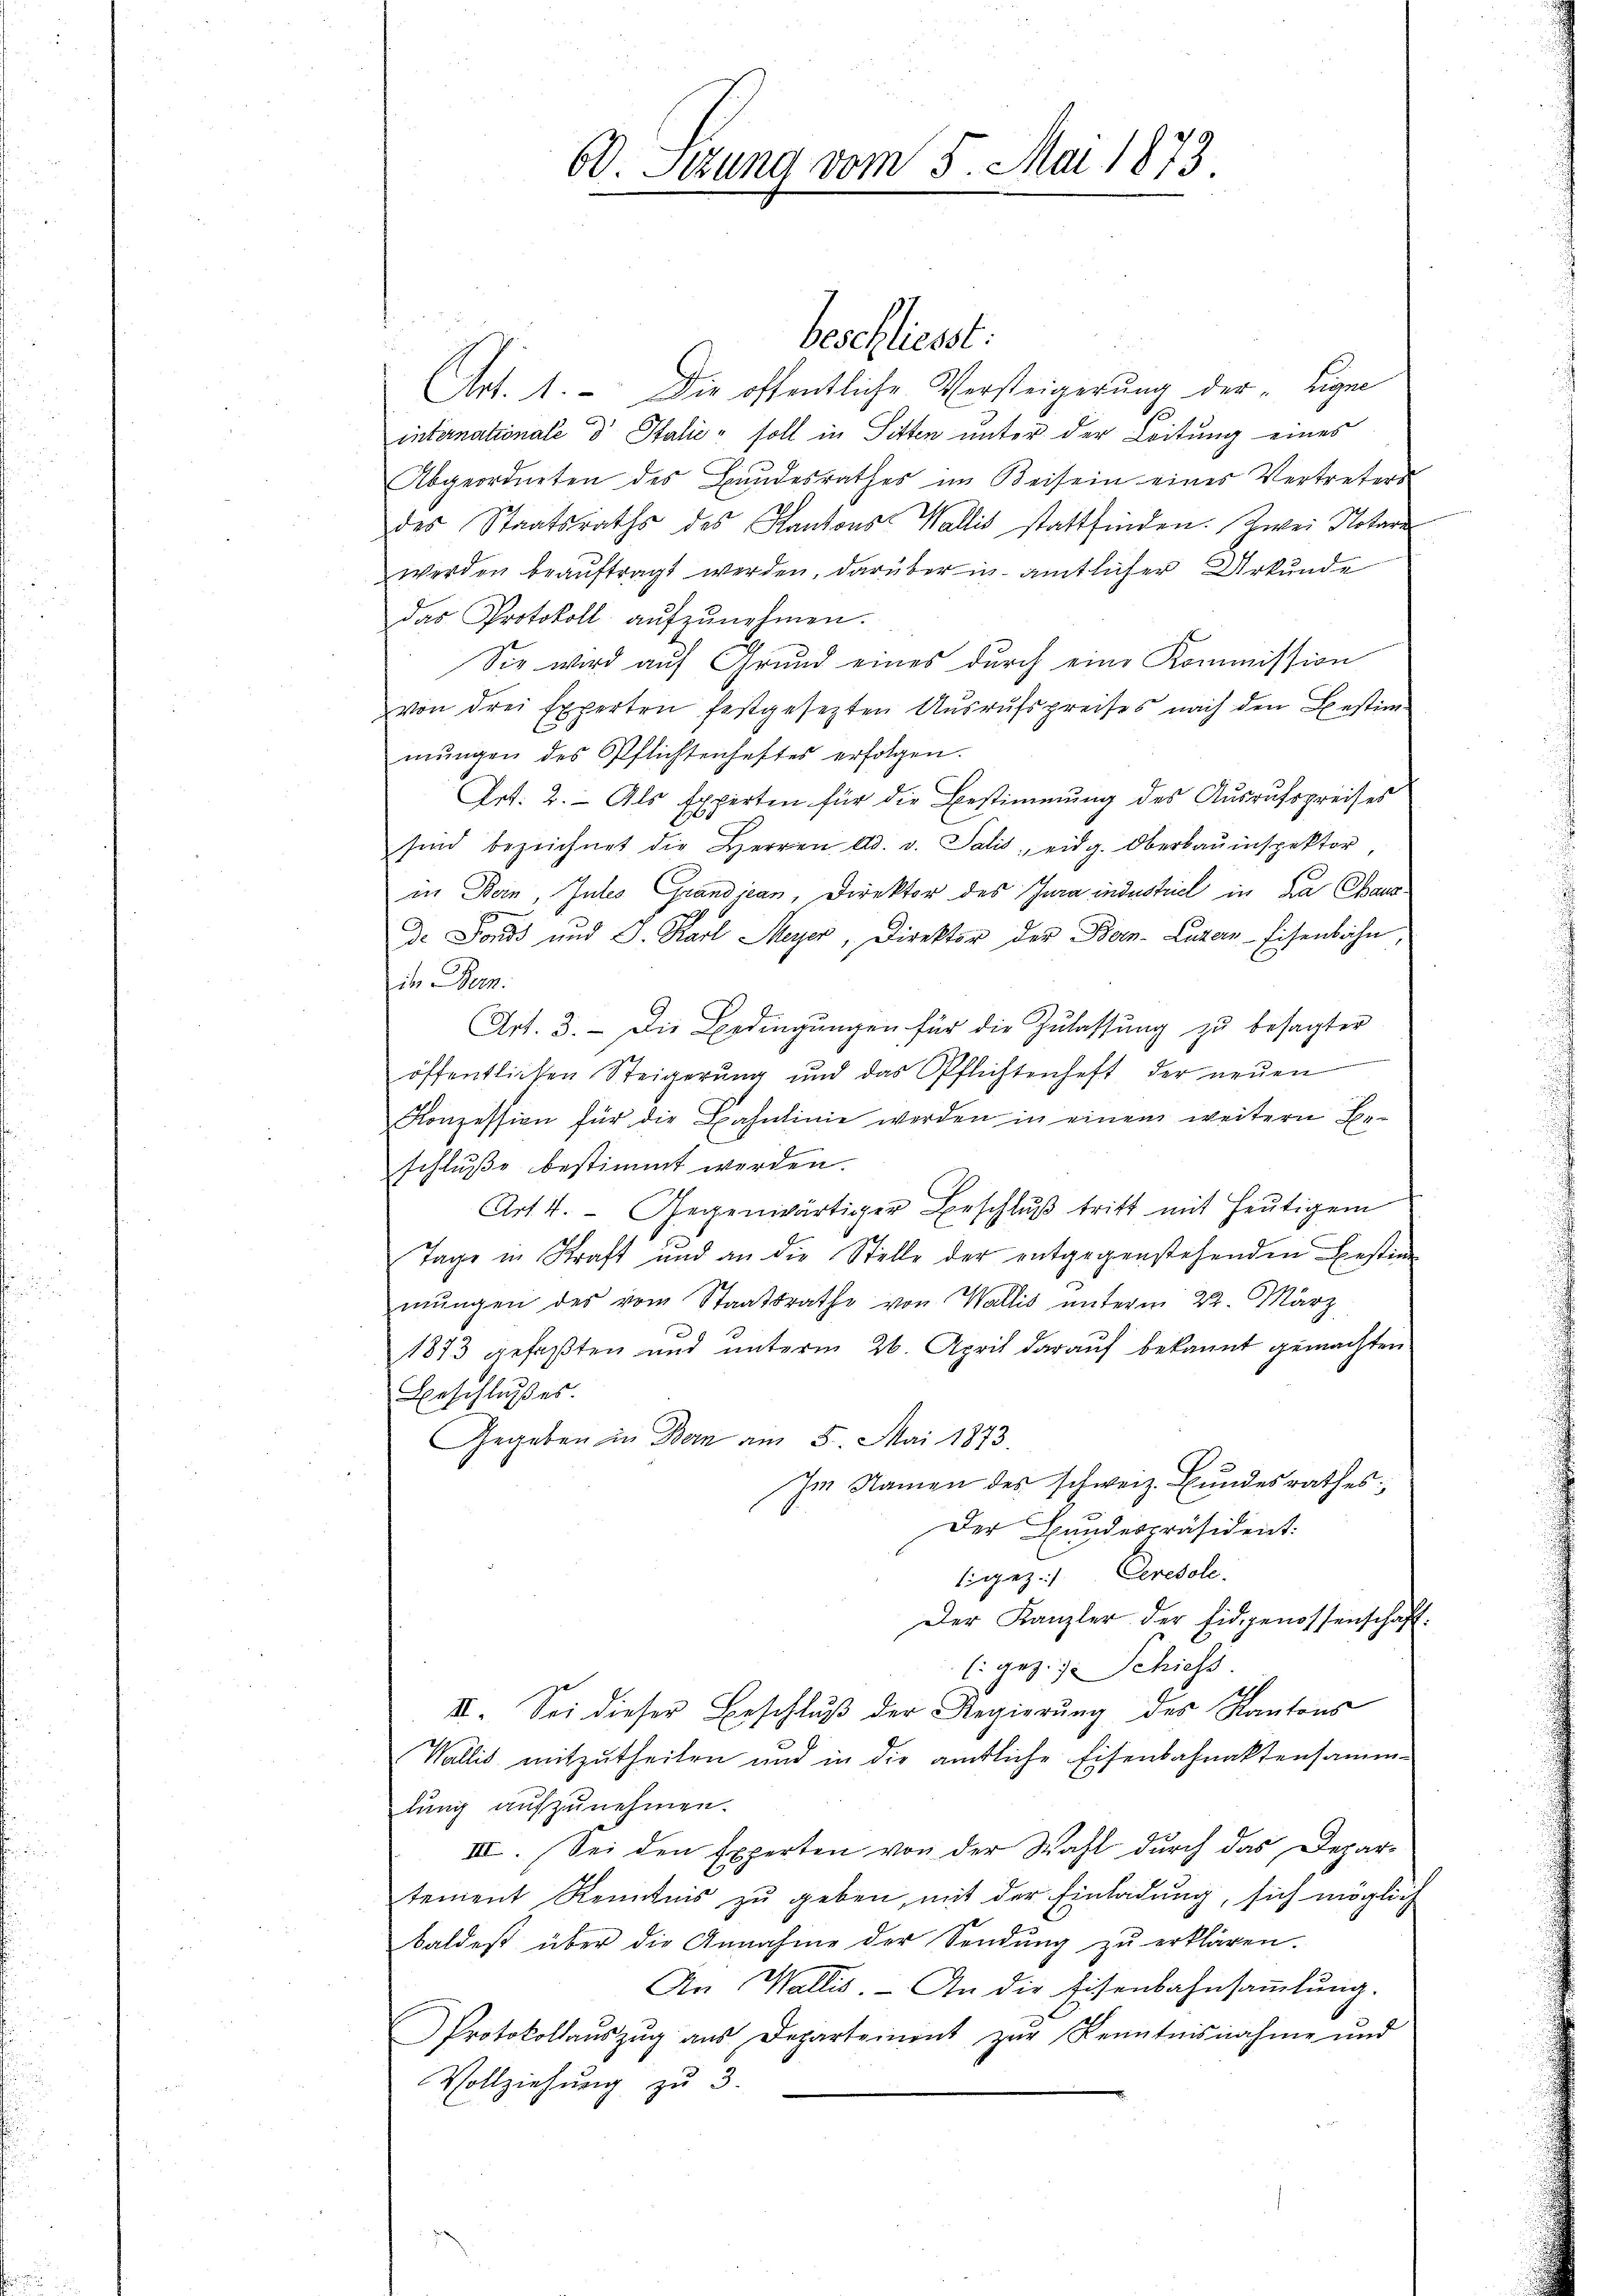
60. Sizung vom 5. Mai 1873.

beschliesst:
Art. 1. Die öffentliche Versteigerung der „Eigen
.
internationale d Italić, soll in Sitten unter der Leitung eines
Abgeordneten des Bandesrathes im Keisein eines Vertreters
des Staatsraths des Kantons Wallis stattfinden. Zwei Notari
werden beaŭftragt werden, darüber in amtlicher Urkunde
das Protokoll aŭfzŭnehmen.
Sie wird auf Grund eines durch eine Kommission
von drei Experten festgesezten Ausrufspreises nach den Bestim-
mŭngen des Pflichtenheftes erfolgen.
Art. 2. Als Experten für die Bestimmung des Ausrufspreises
sind bezeichnet die Herren Ad. v. Salis eidg. Oberbauinspektor
in Bern, Intes Grandjean, Direktor des Jura industriel in da Chaus¬
E
de Fonds und J. Karl Meyer, Direktor der Bern. Luzern-Eisenbahn,
in Bern.
Art. 3. Die Bedingungen für die Zulassung zu besagter
öffentlichen Steigerung und das Pflichtenheft der neŭen
Konzession für die Bahnlinie werden in einem weitern Be-
schluße bestimmt werden.
Art 4. Gegenwärtiger Beschluß tritt mit heutigem
Tage in Straft und an die Stelle der entgegenstehenden Bestim
mŭngen des vom Staatsrathe von Wallis unterm 22. März
1873 gefaßten und unterm 26. April darauf bekannt gemachten
Beschlußes.
Gegeben in Bern am 5. Mai 1873.
Im Namen des schweiz. Bundesrathes:
Der Bundespräsident:
gez.) Ceresole.
Der Kanzler der Eidgenossenschaft:
l. gez. 7. Schiess.
II. Sei dieser Beschluß der Regierung des Kantons
Wallis mitzutheilen und in die amtliche Eisenbahnaktensammlung aufzunehmen.
III. Sei den Experten von der Wahl durch das Depar-
tement Kenntnis zu geben, mit der Einladung, sich möglich
baldest über die Annahme der Sendung zŭ erklären.
An Wallis. An die Eisenbahnsaṁlŭng.
Protokollaŭszŭg aŭs Departement zŭr Kenntnisnahme und
Vollziehŭng zu 3.